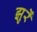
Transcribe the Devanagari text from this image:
झुर्रें